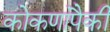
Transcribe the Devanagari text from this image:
कोकणांपैकी